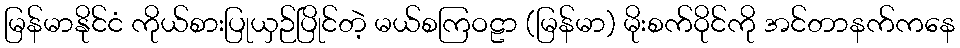
မြန်မာနိုင်ငံ ကိုယ်စားပြုယှဉ်ပြိုင်တဲ့ မယ်စကြဝဠာ (မြန်မာ) မိုးစက်ဝိုင်ကို အင်တာနက်ကနေ